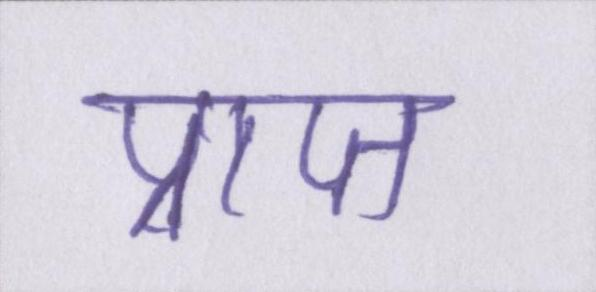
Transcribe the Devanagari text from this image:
प्राप्त